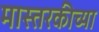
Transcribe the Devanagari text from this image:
मास्तरकीच्या